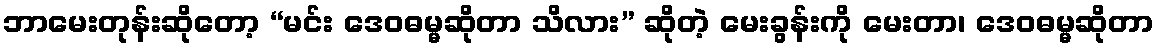
ဘာမေးတုန်းဆိုတော့ “မင်း ဒေဝဓမ္မဆိုတာ သိလား” ဆိုတဲ့ မေးခွန်းကို မေးတာ၊ ဒေဝဓမ္မဆိုတာ